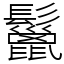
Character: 鬣